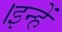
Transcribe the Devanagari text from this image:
।इन्हें